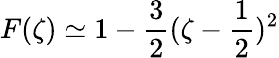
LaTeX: F(\zeta)\simeq 1-\frac{3}{2}(\zeta-\frac{1}{2})^{2}